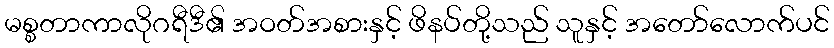
မစ္စတာကာလိုဂရီဒီ၏ အဝတ်အစားနှင့် ဖိနပ်တို့သည် သူနှင့် အတော်လောက်ပင်